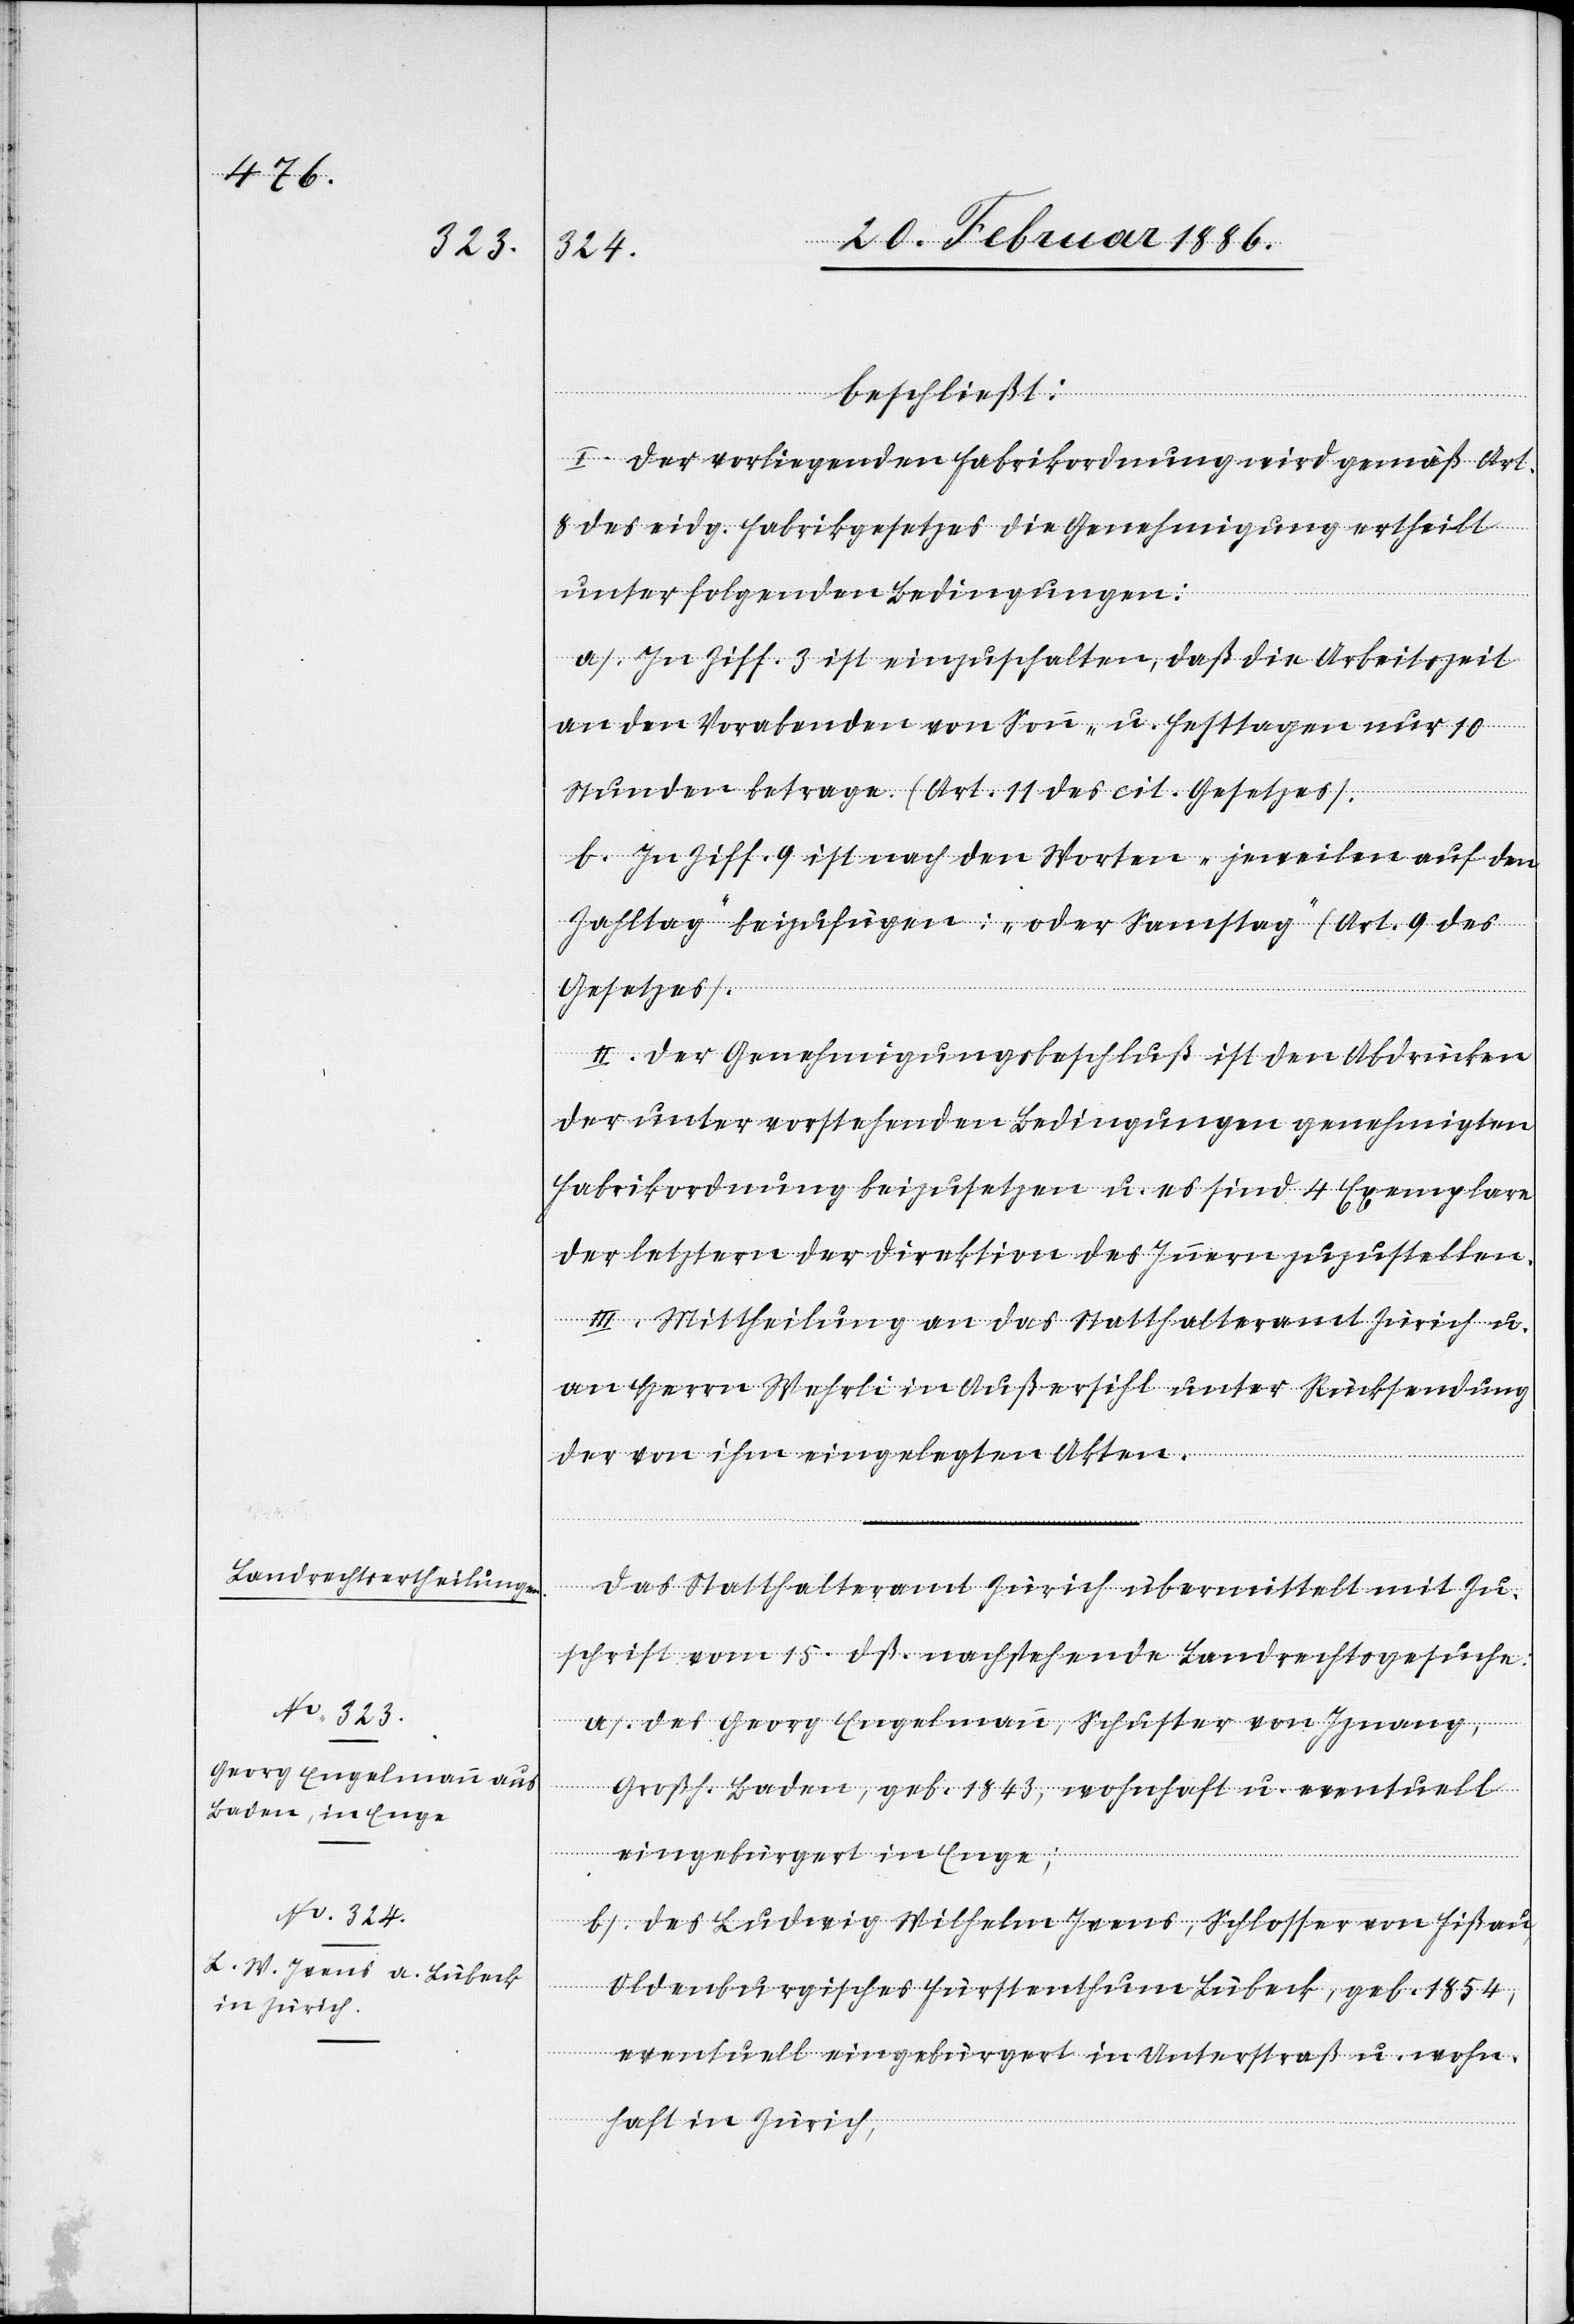
2.251

beschließt:
I. Der vorliegenden Fabrikordnung wird gemäß Art.
8 des eidg. Fabrikgesetzes die Genehmigung ertheilt
unter folgenden Bedingungen:
a. In Ziff. 3 ist einzuschalten, daß die Arbeitszeit
an den Vorabenden von Sonn- u. Festtagen nur 10
Stunden betrage. (Art. 11 des cit. Gesetzes).
b. In Ziff. 9 ist nach den Worten „jeweilen auf den
Zahltag“ beizufügen: „oder Samstag“ (Art. 9 des
Gesetzes).
II. Der Genehmigungsbeschluß ist den Abdrücken
der unter vorstehenden Bedingungen genehmigten
Fabrikordnung beizusetzen u. es sind 4 Exemplare
der letztern der Direktion des Innern zuzustellen.
III. Mittheilung an das Statthalteramt Zürich u.
an Herrn Wehrli in Außersihl unter Rücksendung
der von ihm eingelegten Akten.
Das Statthalteramt Zürich übermittelt mit Zu¬
schrift vom 15. dß. nachstehende Landrechtsgesuche:
a). Des Georg Engelmann, Schuster von Iznang,
Großh. Baden, geb. 1843, wohnhaft u. eventuell
eingebürgert in Enge;
b). Des Ludwig Wilhelm Ivens, Schlosser von Fißau,
Oldenburgisches Fürstenthum Lübeck, geb. 1854,
eventuell eingebürgert in Unterstraß u. wohn¬
haft in Zürich,